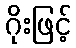
ဂိုးဖြင့်